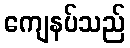
ကျေနပ်သည်